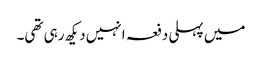
میں پہلی دفعہ انہیں دیکھ رہی تھی۔